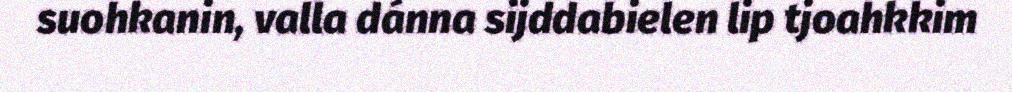
suohkanin, valla dánna sijddabielen lip tjoahkkim